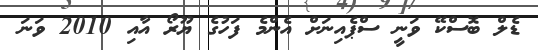
ޑެލް ބޮސްކޭ ވަނީ ސްޕެއިނަށް އެންމެ ފަހުގެ ޔޫރޯ އާއި 2010 ވަނަ